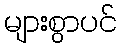
များစွာပင်